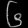
Digit: ၆